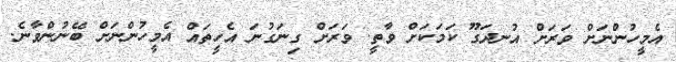
އެމީހުންނަށް ވަރަށް އުނދަގޫ ކަމަކަށް ވާތީ. ވަރަށް ގިނަގުނަ އެހީތައް އެމީހުންނަށް ބޭނުންވާނެ.